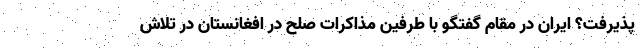
پذیرفت؟ ایران در مقام گفتگو با طرفین مذاکرات صلح در افغانستان در تلاش